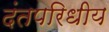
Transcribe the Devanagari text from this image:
दंतपरिधीय